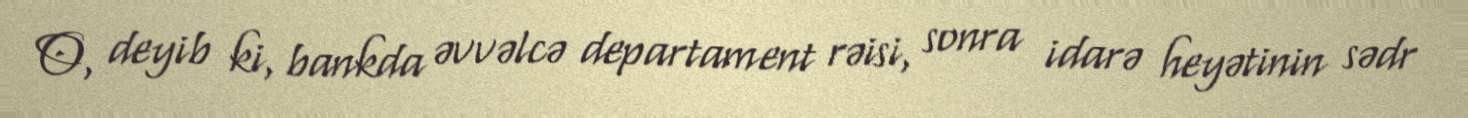
O, deyib ki, bankda əvvəlcə departament rəisi, sonra idarə heyətinin sədr